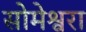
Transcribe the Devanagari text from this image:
सोमेश्वरा